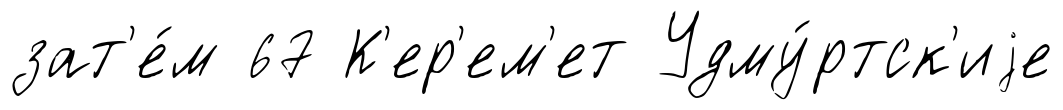
зат'е́м 67 К'ер'ем'ет Удму́ртск'иjе